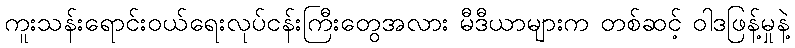
ကူးသန်းရောင်းဝယ်ရေးလုပ်ငန်းကြီးတွေအလား မီဒီယာများက တစ်ဆင့် ဝါဒဖြန့်မှုနဲ့